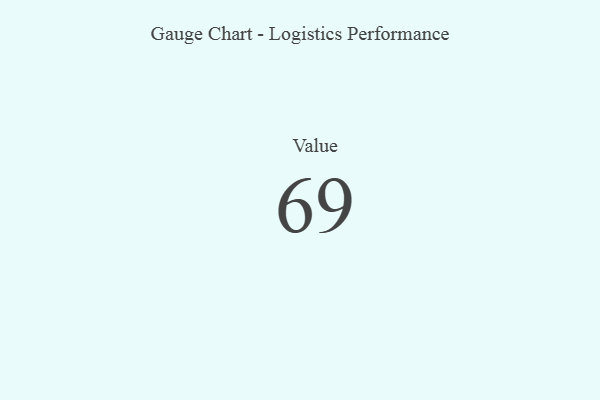
{"axis": {"x": "Metric", "y": "Value"}, "legend": [""], "data": [{"x": "Value", "y": 69, "type": ""}]}